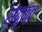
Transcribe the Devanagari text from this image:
संयुक्त़